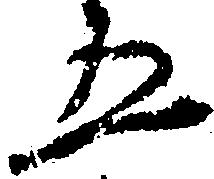
五